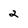
Character: 2